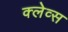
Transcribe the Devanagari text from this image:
क्लेव्स